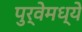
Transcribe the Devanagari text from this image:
पुर्वेमध्ये